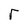
Character: r